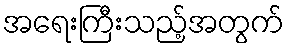
အရေးကြီးသည့်အတွက်